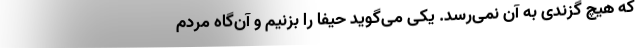
که هیچ گزندی به آن نمی‌رسد. یکی می‌گوید حیفا را بزنیم و آن‌گاه مردم